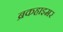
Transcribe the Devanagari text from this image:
ब्रकहाइमर